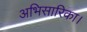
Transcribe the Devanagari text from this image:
अभिसारिका।